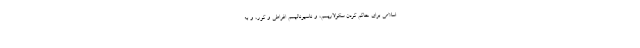
اسلامی برای حاکم کردن سکولاریسم، و ناسیونالیسم افراطی و کور، و به